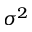
\sigma ^ { 2 }